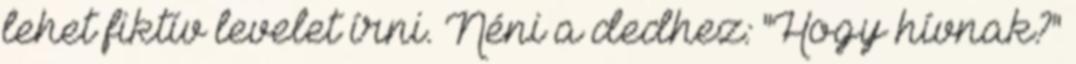
lehet fiktív levelet írni. Néni a dedhez: "Hogy hívnak?"